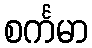
စင်္ကမာ